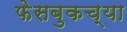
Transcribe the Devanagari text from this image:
फेसबुकच्या